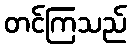
တင်ကြသည်